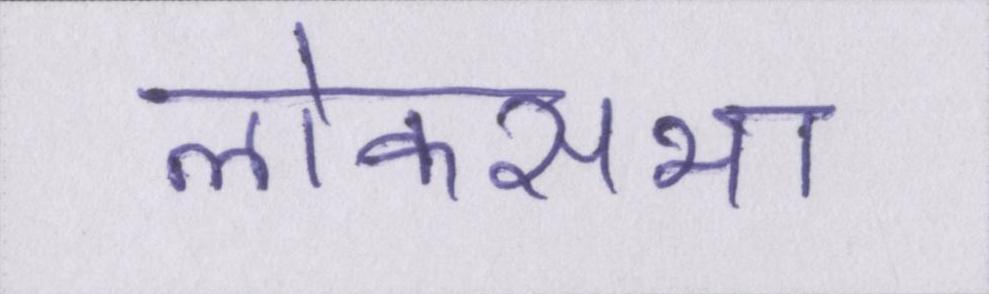
लोकसभा